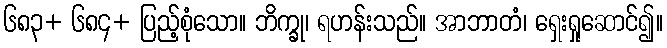
၆၈၃+ ၆၈၄+ ပြည့်စုံသော။ ဘိက္ခု၊ ရဟန်းသည်။ အာဘာတံ၊ ရှေးရှုဆောင်၍။